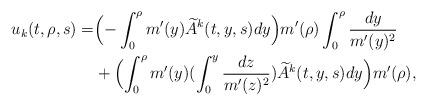
LaTeX: \begin{align*}u_k(t,\rho,s)=&\Bigl(-\int_0^\rho m'(y)\widetilde{A}^k(t,y,s)dy\Bigr)m'(\rho)\int_0^\rho\frac{dy}{m'(y)^2} \\&+ \Bigl(\int_0^\rho m'(y) (\int_0^y \frac{dz}{m'(z)^2}) \widetilde{A}^k(t,y,s)dy \Bigr)m'(\rho),\end{align*}